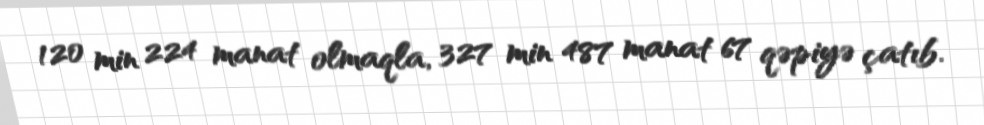
120 min 224 manat olmaqla, 327 min 487 manat 67 qəpiyə çatıb.